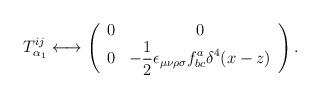
LaTeX: \begin{align*}T^{ij}_{\alpha_{1}} \longleftrightarrow\left( \begin{array}{cc}0 & 0 \\0 & {\displaystyle-\frac{1}{2}\epsilon_{\mu\nu\rho\sigma}f^{a}_{bc}\delta^{4}(x-z)} \end{array} \right) . \end{align*}